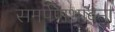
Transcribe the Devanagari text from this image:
समर्पणभावना